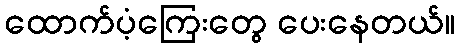
ထောက်ပံ့ကြေးတွေ ပေးနေတယ်။